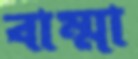
বাম্মা